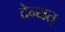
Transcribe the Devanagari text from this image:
देन्यत्